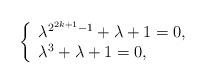
LaTeX: \begin{align*}\left\{ \begin{array}{ll} \lambda^{2^{2k+1}-1} + \lambda + 1 = 0, \\ \lambda^{3} + \lambda+1 =0, \end{array} \right.\end{align*}